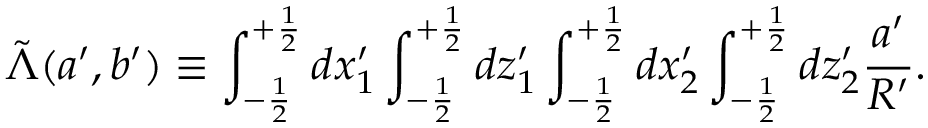
\tilde { \Lambda } ( a ^ { \prime } , b ^ { \prime } ) \equiv \int _ { - \frac { 1 } { 2 } } ^ { + \frac { 1 } { 2 } } d x _ { 1 } ^ { \prime } \int _ { - \frac { 1 } { 2 } } ^ { + \frac { 1 } { 2 } } d z _ { 1 } ^ { \prime } \int _ { - \frac { 1 } { 2 } } ^ { + \frac { 1 } { 2 } } d x _ { 2 } ^ { \prime } \int _ { - \frac { 1 } { 2 } } ^ { + \frac { 1 } { 2 } } d z _ { 2 } ^ { \prime } \frac { a ^ { \prime } } { R ^ { \prime } } .